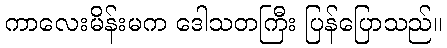
ကာလေးမိန်းမက ဒေါသတကြီး ပြန်ပြောသည်။